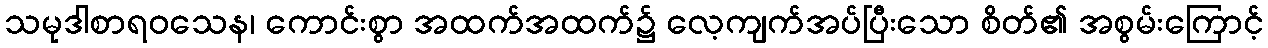
သမုဒါစာရဝသေန၊ ကောင်းစွာ အထက်အထက်၌ လေ့ကျက်အပ်ပြီးသော စိတ်၏ အစွမ်းကြောင့်